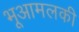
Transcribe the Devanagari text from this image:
भूआमलकी